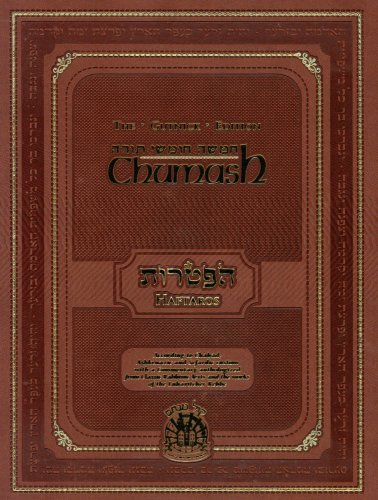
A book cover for Book of Haftaros - Gutnick Edition; Rabbi Chaim Miller; Religion & Spirituality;